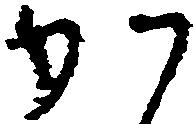
か